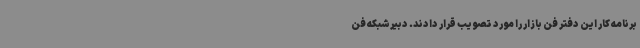
برنامه کار این دفتر فن بازار را مورد تصویب قرار دادند. دبیرشبکه فن